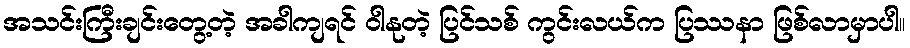
အသင်းကြီးချင်းတွေ့တဲ့ အခါကျရင် ဝါနုတဲ့ ပြင်သစ် ကွင်းလယ်က ပြဿနာ ဖြစ်လာမှာပါ။